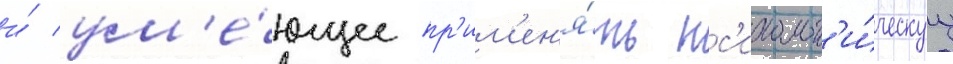
и́ ум'е́ющее пр'им'ен'я́ть пс'ихолог'и́ческуу